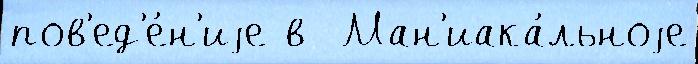
пов'ед'е́н'иjе в  Ман'иака́льноjе